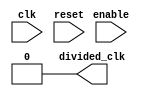
module clock_divider (
    input wire clk,
    input wire reset,
    input wire enable,
    output wire divided_clk
);

// Define parameters for frequency resolution and division range
parameter DIV_MIN = 1;
parameter DIV_MAX = 16;

reg [3:0] divider_counter;

always @(posedge clk or posedge reset) begin
    if (reset) begin
        divider_counter <= 4'b0000; // Set initial counter value
    end else if (enable) begin
        if (divider_counter == DIV_MAX) begin
            divider_counter <= DIV_MIN; // Reset counter at maximum division factor
        end else begin
            divider_counter <= divider_counter + 1; // Increment counter
        end
    end
end

assign divided_clk = (divider_counter == DIV_MAX) ? 1'b1 : 1'b0; // Output divided clock signal

endmodule